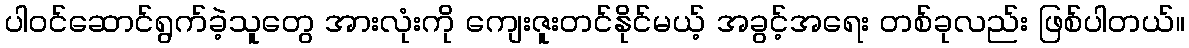
ပါဝင်ဆောင်ရွက်ခဲ့သူတွေ အားလုံးကို ကျေးဇူးတင်နိုင်မယ့် အခွင့်အရေး တစ်ခုလည်း ဖြစ်ပါတယ်။